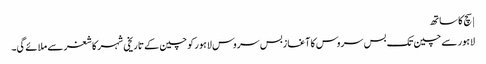
| سچ کا ساتھ
لاہور سے چین تک بس سروس کا آغازبس سروس لاہور کو چین کے تاریخی شہر کاشغر سے ملائے گی۔